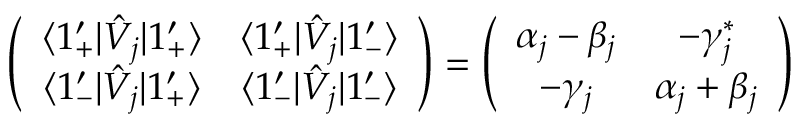
\left( \begin{array} { c c } { \langle 1 _ { + } ^ { \prime } | \hat { V } _ { j } | 1 _ { + } ^ { \prime } \rangle } & { \langle 1 _ { + } ^ { \prime } | \hat { V } _ { j } | 1 _ { - } ^ { \prime } \rangle } \\ { \langle 1 _ { - } ^ { \prime } | \hat { V } _ { j } | 1 _ { + } ^ { \prime } \rangle } & { \langle 1 _ { - } ^ { \prime } | \hat { V } _ { j } | 1 _ { - } ^ { \prime } \rangle } \end{array} \right) = \left( \begin{array} { c c } { \alpha _ { j } - \beta _ { j } } & { - \gamma _ { j } ^ { * } } \\ { - \gamma _ { j } } & { \alpha _ { j } + \beta _ { j } } \end{array} \right)